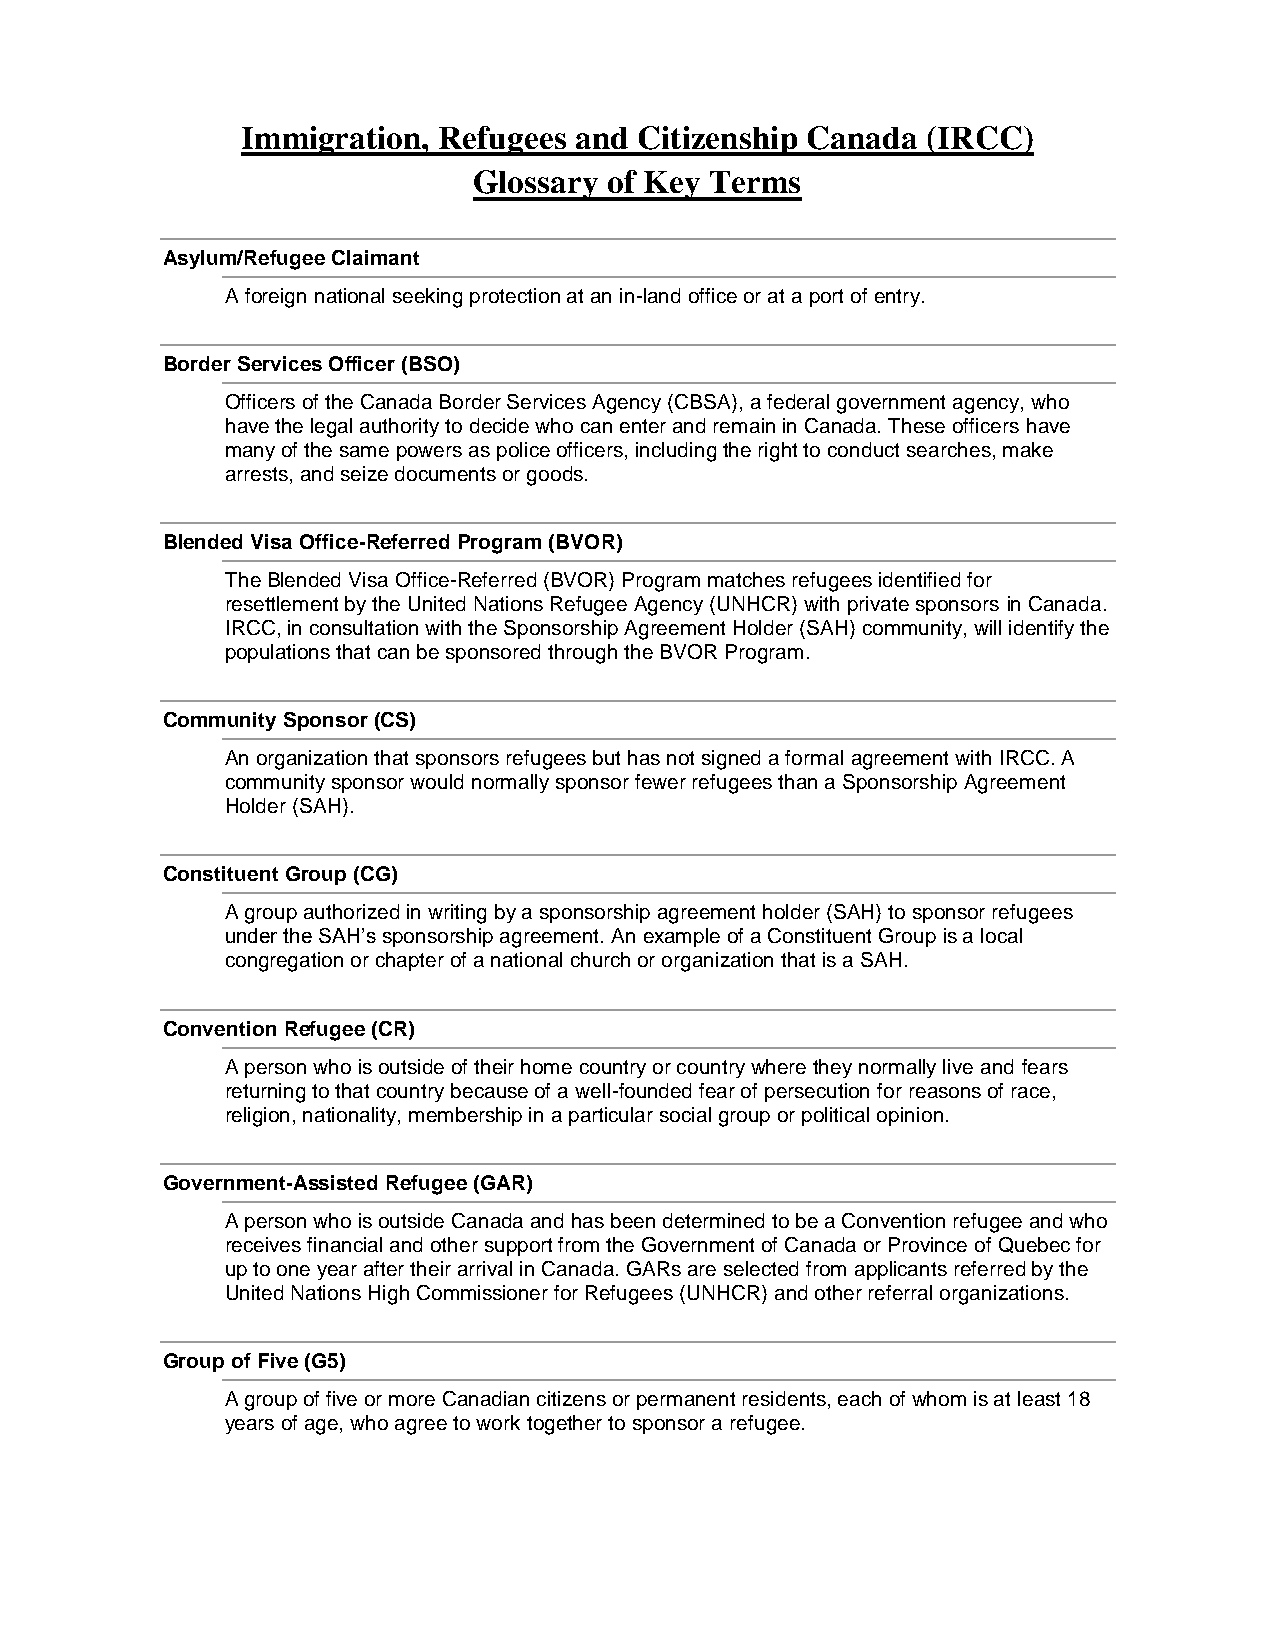
Immigration, Refugees and Citizenship Canada (IRCC)
 Glossary of Key Terms
 Asylum/Refugee Claimant
 A foreign national seeking protection at an in-land office or at a port of entry.
 Border Services Officer (BSO)
 Officers of the Canada Border Services Agency (CBSA), a federal government agency, who
 have the legal authority to decide who can enter and remain in Canada. These officers have
 many of the same powers as police officers, including the right to conduct searches, make
 arrests, and seize documents or goods.
 Blended Visa Office-Referred Program (BVOR)
 The Blended Visa Office-Referred (BVOR) Program matches refugees identified for
 resettlement by the United Nations Refugee Agency (UNHCR) with private sponsors in Canada.
 IRCC, in consultation with the Sponsorship Agreement Holder (SAH) community, will identify the
 populations that can be sponsored through the BVOR Program.
 Community Sponsor (CS)
 An organization that sponsors refugees but has not signed a formal agreement with IRCC. A
 community sponsor would normally sponsor fewer refugees than a Sponsorship Agreement
 Holder (SAH).
 Constituent Group (CG)
 A group authorized in writing by a sponsorship agreement holder (SAH) to sponsor refugees
 under the SAH’s sponsorship agreement. An example of a Constituent Group is a local
 congregation or chapter of a national church or organization that is a SAH.
 Convention Refugee (CR)
 A person who is outside of their home country or country where they normally live and fears
 returning to that country because of a well-founded fear of persecution for reasons of race,
 religion, nationality, membership in a particular social group or political opinion.
 Government-Assisted Refugee (GAR)
 A person who is outside Canada and has been determined to be a Convention refugee and who
 receives financial and other support from the Government of Canada or Province of Quebec for
 up to one year after their arrival in Canada. GARs are selected from applicants referred by the
 United Nations High Commissioner for Refugees (UNHCR) and other referral organizations.
 Group of Five (G5)
 A group of five or more Canadian citizens or permanent residents, each of whom is at least 18
 years of age, who agree to work together to sponsor a refugee.